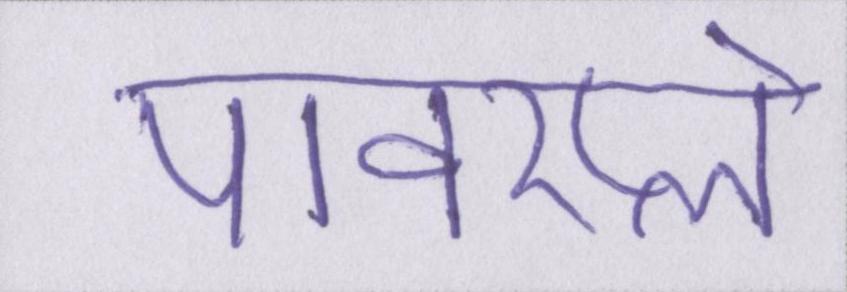
पावरप्ले